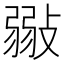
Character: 𢾲